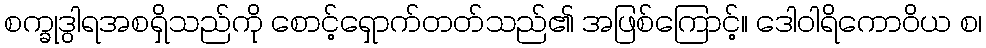
စက္ခုဒွါရအစရှိသည်ကို စောင့်ရှောက်တတ်သည်၏ အဖြစ်ကြောင့်။ ဒေါဝါရိကောဝိယ စ၊